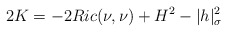
\begin{align*}2K &= - 2 Ric(\nu,\nu) + H^2 - |h|^2_\sigma \end{align*}